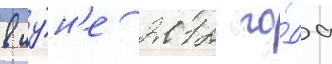
в иу́н'е 2012 го́да